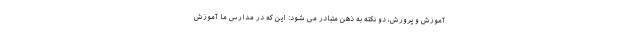
آموزش و پرورش، دو نکته به ذهن متبادر می شود: این که در مدارس ما آموزش